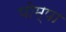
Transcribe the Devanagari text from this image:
पोम्पा